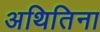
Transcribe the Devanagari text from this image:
अथितिना